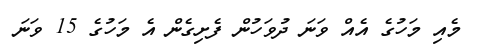
މެއި މަހުގެ އެއް ވަނަ ދުވަހުން ފެށިގެން އެ މަހުގެ 15 ވަނަ